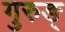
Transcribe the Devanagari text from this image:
गुरुङ्‌